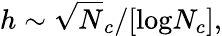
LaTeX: h\sim\sqrt N_{c}/[\mathrm{log}N_{c}],